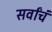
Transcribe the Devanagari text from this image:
सर्वांचं